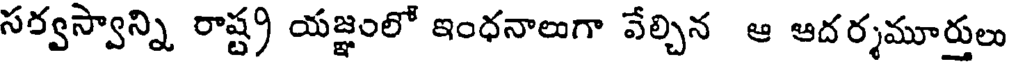
సర్వస్వాన్ని రాష్ట్ర యజ్ఞంలో ఇంధనాలుగా వేల్చిన ఆ ఆదర్శమూర్తులు